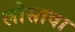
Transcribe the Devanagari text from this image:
लोसावा